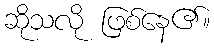
ဆိုသလို ဖြစ်နေ၏။